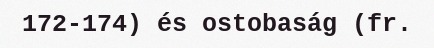
172-174) és ostobaság (fr.